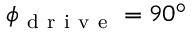
\phi _ { \mathrm { ~ d ~ r ~ i ~ v ~ e ~ } } = 9 0 ^ { \circ }